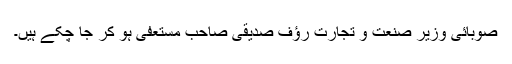
صوبائی وزیر صنعت و تجارت رؤف صدیقی صاحب مستعفی ہو کر جا چکے ہیں۔